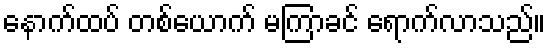
နောက်ထပ် တစ်ယောက် မကြာခင် ရောက်လာသည်။